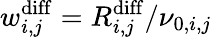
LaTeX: w_{i,j}^{\mathrm{diff}}=R_{i,j}^{\mathrm{diff}}/\nu_{0,i,j}